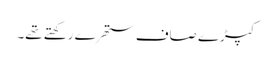
کپڑے صاف ستھرے رکھتے تھے۔